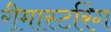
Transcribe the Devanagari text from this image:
रीमास्टरिंग